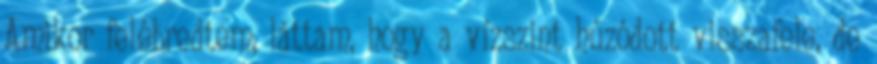
Amikor felébredtem, láttam, hogy a vízszint húzódott visszafele, de